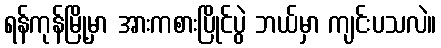
ရန်ကုန်မြို့မှာ အားကစားပြိုင်ပွဲ ဘယ်မှာ ကျင်းပသလဲ။